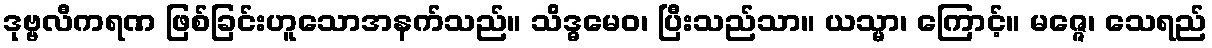
ဒုဗ္ဗလီကရဏ ဖြစ်ခြင်းဟူသောအနက်သည်။ သိဒ္ဓမေဝ၊ ပြီးသည်သာ။ ယသ္မာ၊ ကြောင့်။ မဇ္ဇေ၊ သေရည်